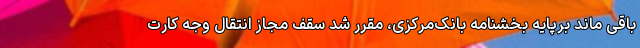
باقی ماند برپایه بخشنامه بانک‌مرکزی، مقرر شد سقف مجاز انتقال وجه کارت